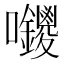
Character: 𭍊